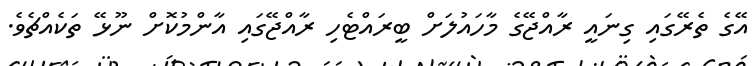
އޭގެ ތެރޭގައި ގިނައީ ރާއްޖޭގެ މާހައުލަށް ބީރައްޓެހި ރާއްޖޭގައި އާންމުކޮށް ނޫޅޭ ތަކެއްޗެވެ.